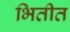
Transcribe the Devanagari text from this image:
भितीत